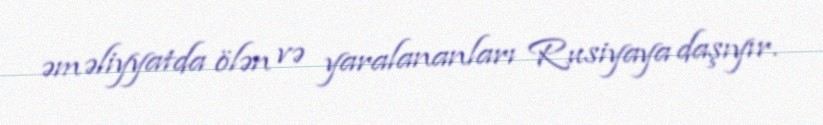
əməliyyatda ölən və yaralananları Rusiyaya daşıyır.